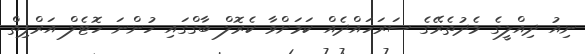
ނިއު ދިއްލީގެ މެދުތެރޭގެ ސަރަހައްދެއް ކަމަށްވާ ކެރޮލް ބާގްގައި ހުންނަ ހޮޓެލް އަރްޕިތް